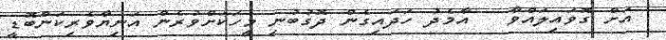
އަށް ގޮވައިލައްވާ   އާމެދު ހަދައިގެން ދޮގުބުނި މީހަކަށްވުރެން އަނިޔާވެރިކަންބޮޑީ